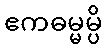
ဧကဓမ္မမ္ပိ